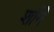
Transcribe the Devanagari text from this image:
र्शाने